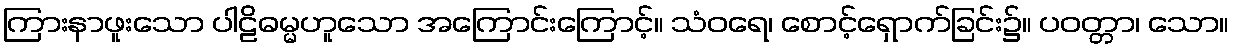
ကြားနာဖူးသော ပါဠိဓမ္မဟူသော အကြောင်းကြောင့်။ သံဝရေ၊ စောင့်ရှောက်ခြင်း၌။ ပဝတ္တာ၊ သော။